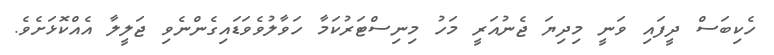
ހެކިބަސް ދީފައި ވަނީ މިދިޔަ ޖެނުއަރީ މަހު މިނިސްޓަރުކަމާ ހަވާލުވެވަޑައިގެންނެވި ޖަލީލާ އެއްކޮޅަަށެވެ.